65_HS1-834228961_62-HQ-83894_Section_1
Agency: FBI
Page 185
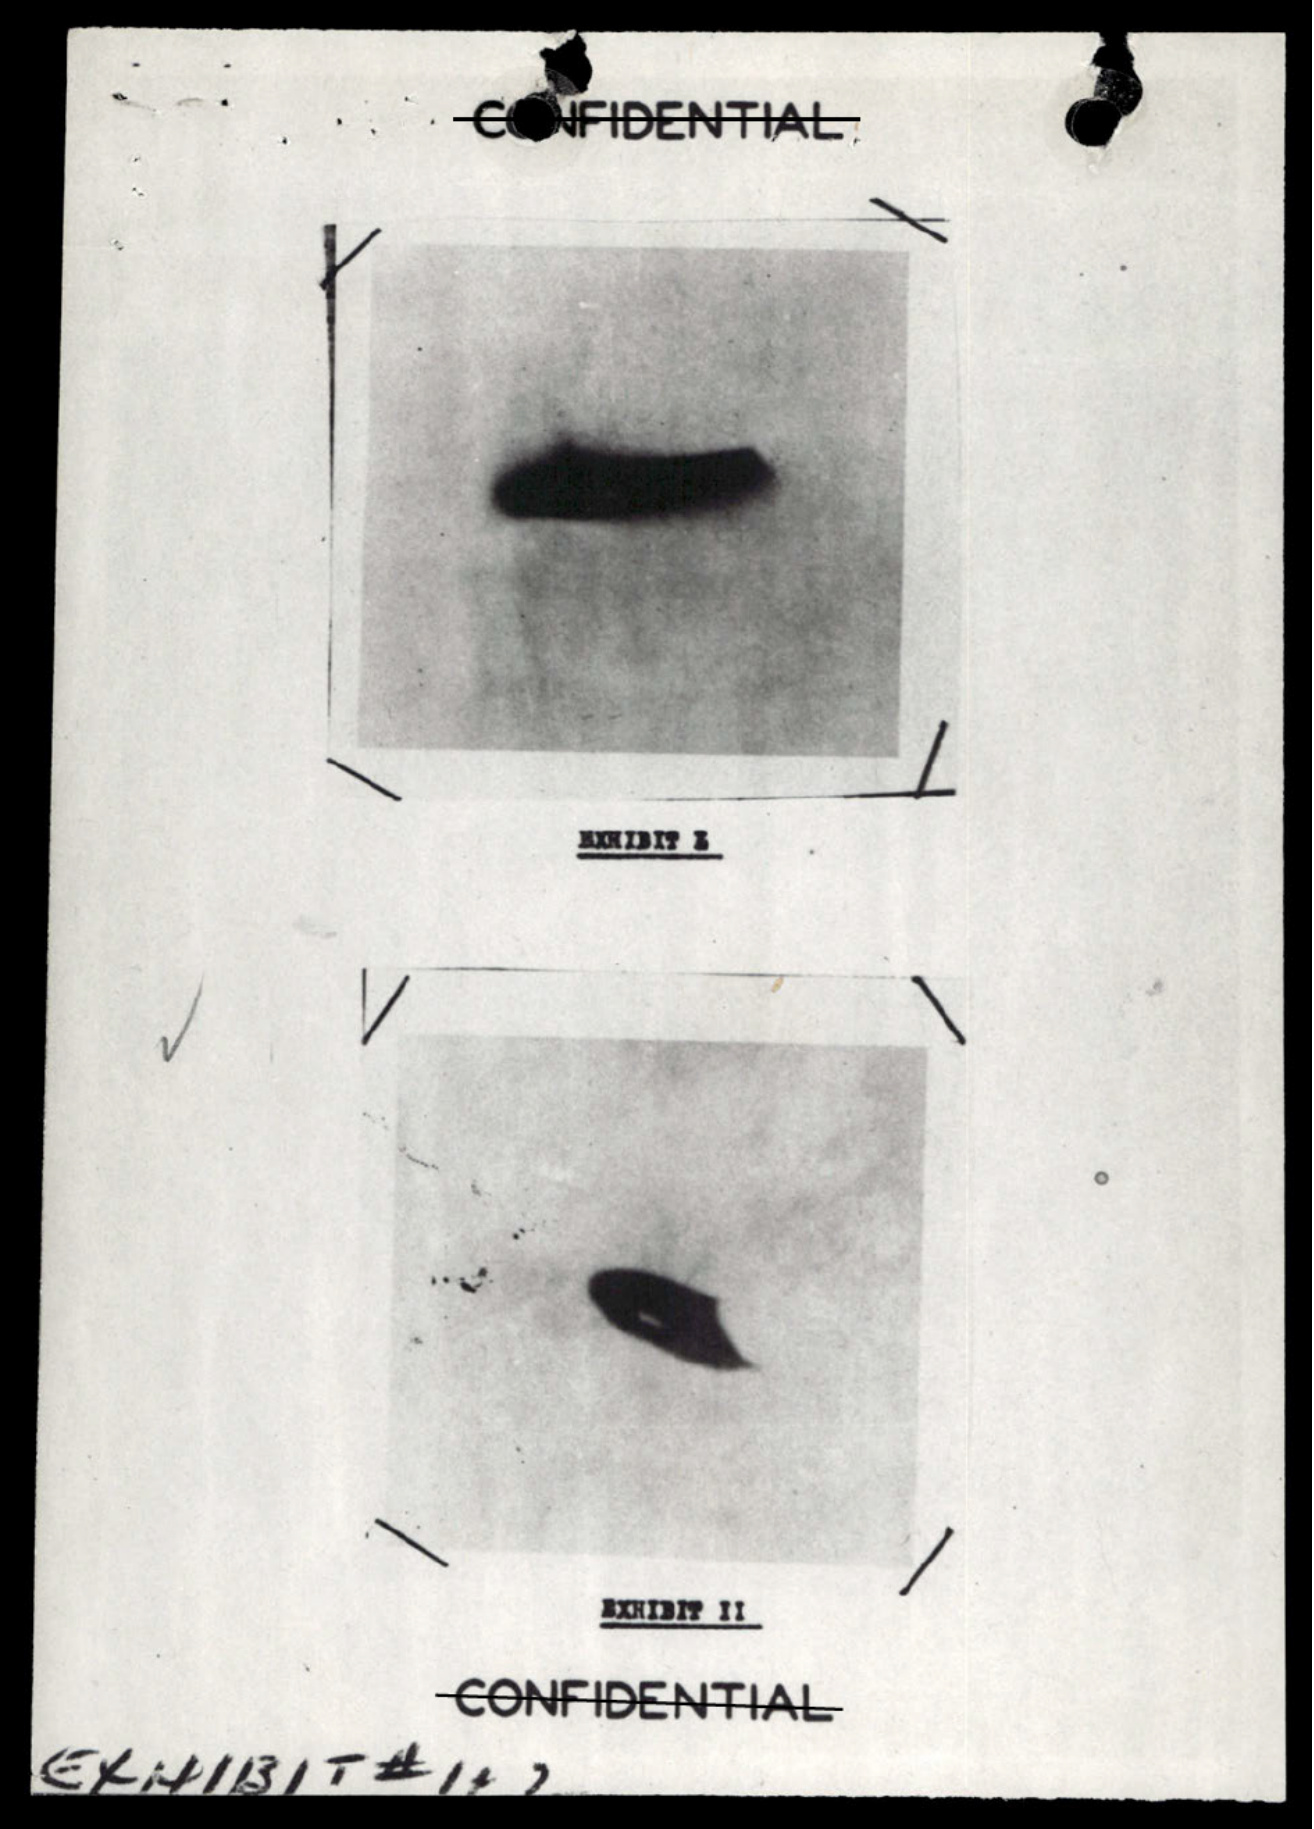